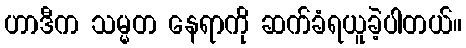
ဟာဒီက သမ္မတ နေရာကို ဆက်ခံရယူခဲ့ပါတယ်။